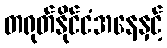
တရုတ်နိုင်ငံအနေနှင့်